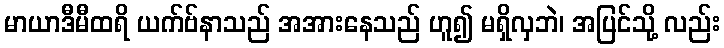
မာယာဒီမီထရိ ယက်ဗ်နာသည် အအားနေသည် ဟူ၍ မရှိလှဘဲ၊ အပြင်သို့ လည်း